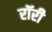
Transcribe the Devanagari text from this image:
रॉरी